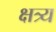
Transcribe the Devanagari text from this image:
क्षत्र्य